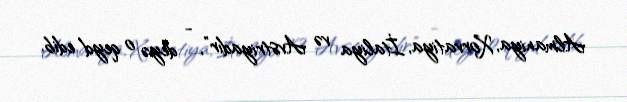
Almaniya, Xorvatiya, İtaliya və Avstriyadır”, - deyə o qeyd edib.